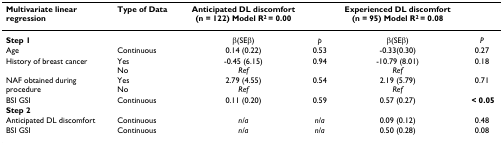
<table><thead><tr><td><b>Multivariate linearregression</b></td><td><b>Type of Data</b></td><td><b>Anticipated DL discomfort(n = 122) Model R<sup>2 </sup>= 0.00</b></td><td>[EMPTY_CELL]</td><td><b>Experienced DL discomfort(n = 95) Model R<sup>2 </sup>= 0.08</b></td><td>[EMPTY_CELL]</td></tr></thead><tbody><tr><td><b>Step 1</b></td><td>[EMPTY_CELL]</td><td>β(SEβ)</td><td><i>p</i></td><td>β(SEβ)</td><td><i>P</i></td></tr><tr><td>Age</td><td>Continuous</td><td>0.14 (0.22)</td><td>0.53</td><td>-0.33(0.30)</td><td>0.27</td></tr><tr><td>History of breast cancer</td><td>YesNo</td><td>-0.45 (6.15)<i>Ref</i></td><td>0.94</td><td>-10.79 (8.01)<i>Ref</i></td><td>0.18</td></tr><tr><td>NAF obtained duringprocedure</td><td>YesNo</td><td>2.79 (4.55)<i>Ref</i></td><td>0.54</td><td>2.19 (5.79)<i>Ref</i></td><td>0.71</td></tr><tr><td>BSI GSI</td><td>Continuous</td><td>0.11 (0.20)</td><td>0.59</td><td>0.57 (0.27)</td><td><b> &lt; 0.05</b></td></tr><tr><td><b>Step 2</b></td><td>[EMPTY_CELL]</td><td>[EMPTY_CELL]</td><td>[EMPTY_CELL]</td><td>[EMPTY_CELL]</td><td>[EMPTY_CELL]</td></tr><tr><td>Anticipated DL discomfort</td><td>Continuous</td><td><i>n/a</i></td><td><i>n/a</i></td><td>0.09 (0.12)</td><td>0.48</td></tr><tr><td>BSI GSI</td><td>Continuous</td><td><i>n/a</i></td><td><i>n/a</i></td><td>0.50 (0.28)</td><td>0.08</td></tr></tbody></table>